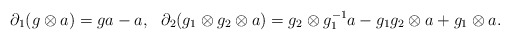
\begin{align*} \partial_1(g\otimes a) = ga -a, \ \ \partial_2(g_1\otimes g_2\otimes a) = g_2\otimes g_1^{-1} a -g_1g_2\otimes a +g_1\otimes a.\end{align*}